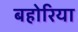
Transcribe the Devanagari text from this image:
बहोरिया